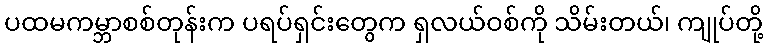
ပထမကမ္ဘာစစ်တုန်းက ပရပ်ရှင်းတွေက ရှလယ်ဝစ်ကို သိမ်းတယ်၊ ကျုပ်တို့